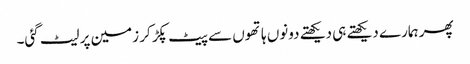
پھر ہمارے دیکھتے ہی دیکھتے دونوں ہاتھوں سے پیٹ پکڑ کر زمین پر لیٹ گئی۔